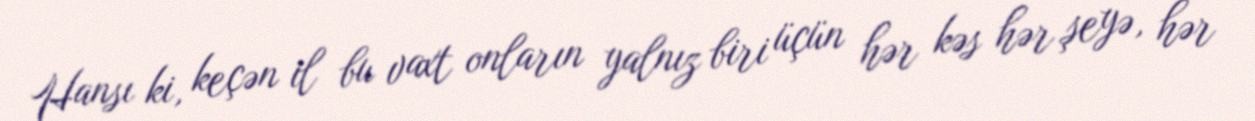
Hansı ki, keçən il bu vaxt onların yalnız biri üçün hər kəs hər şeyə, hər